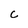
Character: C